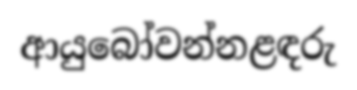
ආයුබෝවන්නළඳරු